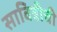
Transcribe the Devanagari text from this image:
सावित्रीची